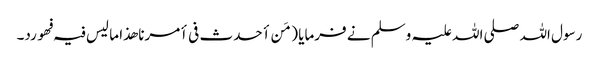
رسول اللہ صلی اللہ علیہ وسلم نے فرمایا ( مَن أحدث فی أمرنا ھذا ما لیس فیہ فھو رد۔